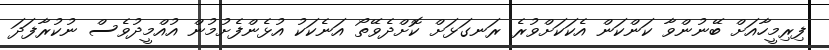
ފިރިމީހާއަށް ބޭނުންވާ ކަންކަން އެކަކަށްވުރެ ރަނގަޅަށް ކޮށްދެވޭތޯ އަނެކަކު އުޅެންފެށުމުން އުއްމީދުވެސް ނުކުރާފަދަ